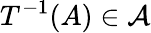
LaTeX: T^{-1}(A)\in{\mathcal{A}}